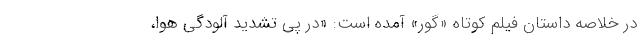
در خلاصه داستان فیلم کوتاه «گور» آمده است: «در پی تشدید آلودگی هوا،